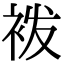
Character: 袯